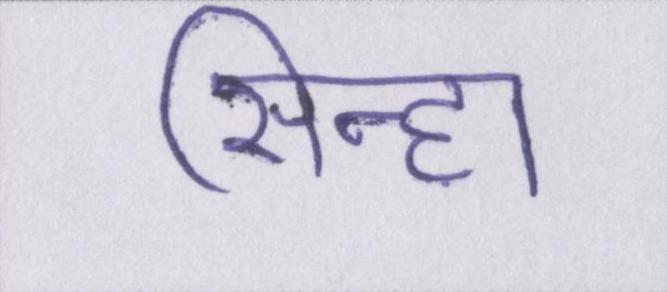
सिन्हा